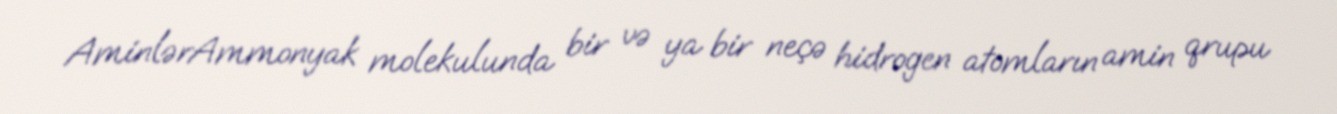
AminlərAmmonyak molekulunda bir və ya bir neçə hidrogen atomların amin qrupu